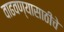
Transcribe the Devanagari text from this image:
वाढवण्यासाठीचे